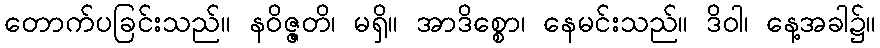
တောက်ပခြင်းသည်။ နဝိဇ္ဇတိ၊ မရှိ။ အာဒိစ္စော၊ နေမင်းသည်။ ဒိဝါ၊ နေ့အခါ၌။